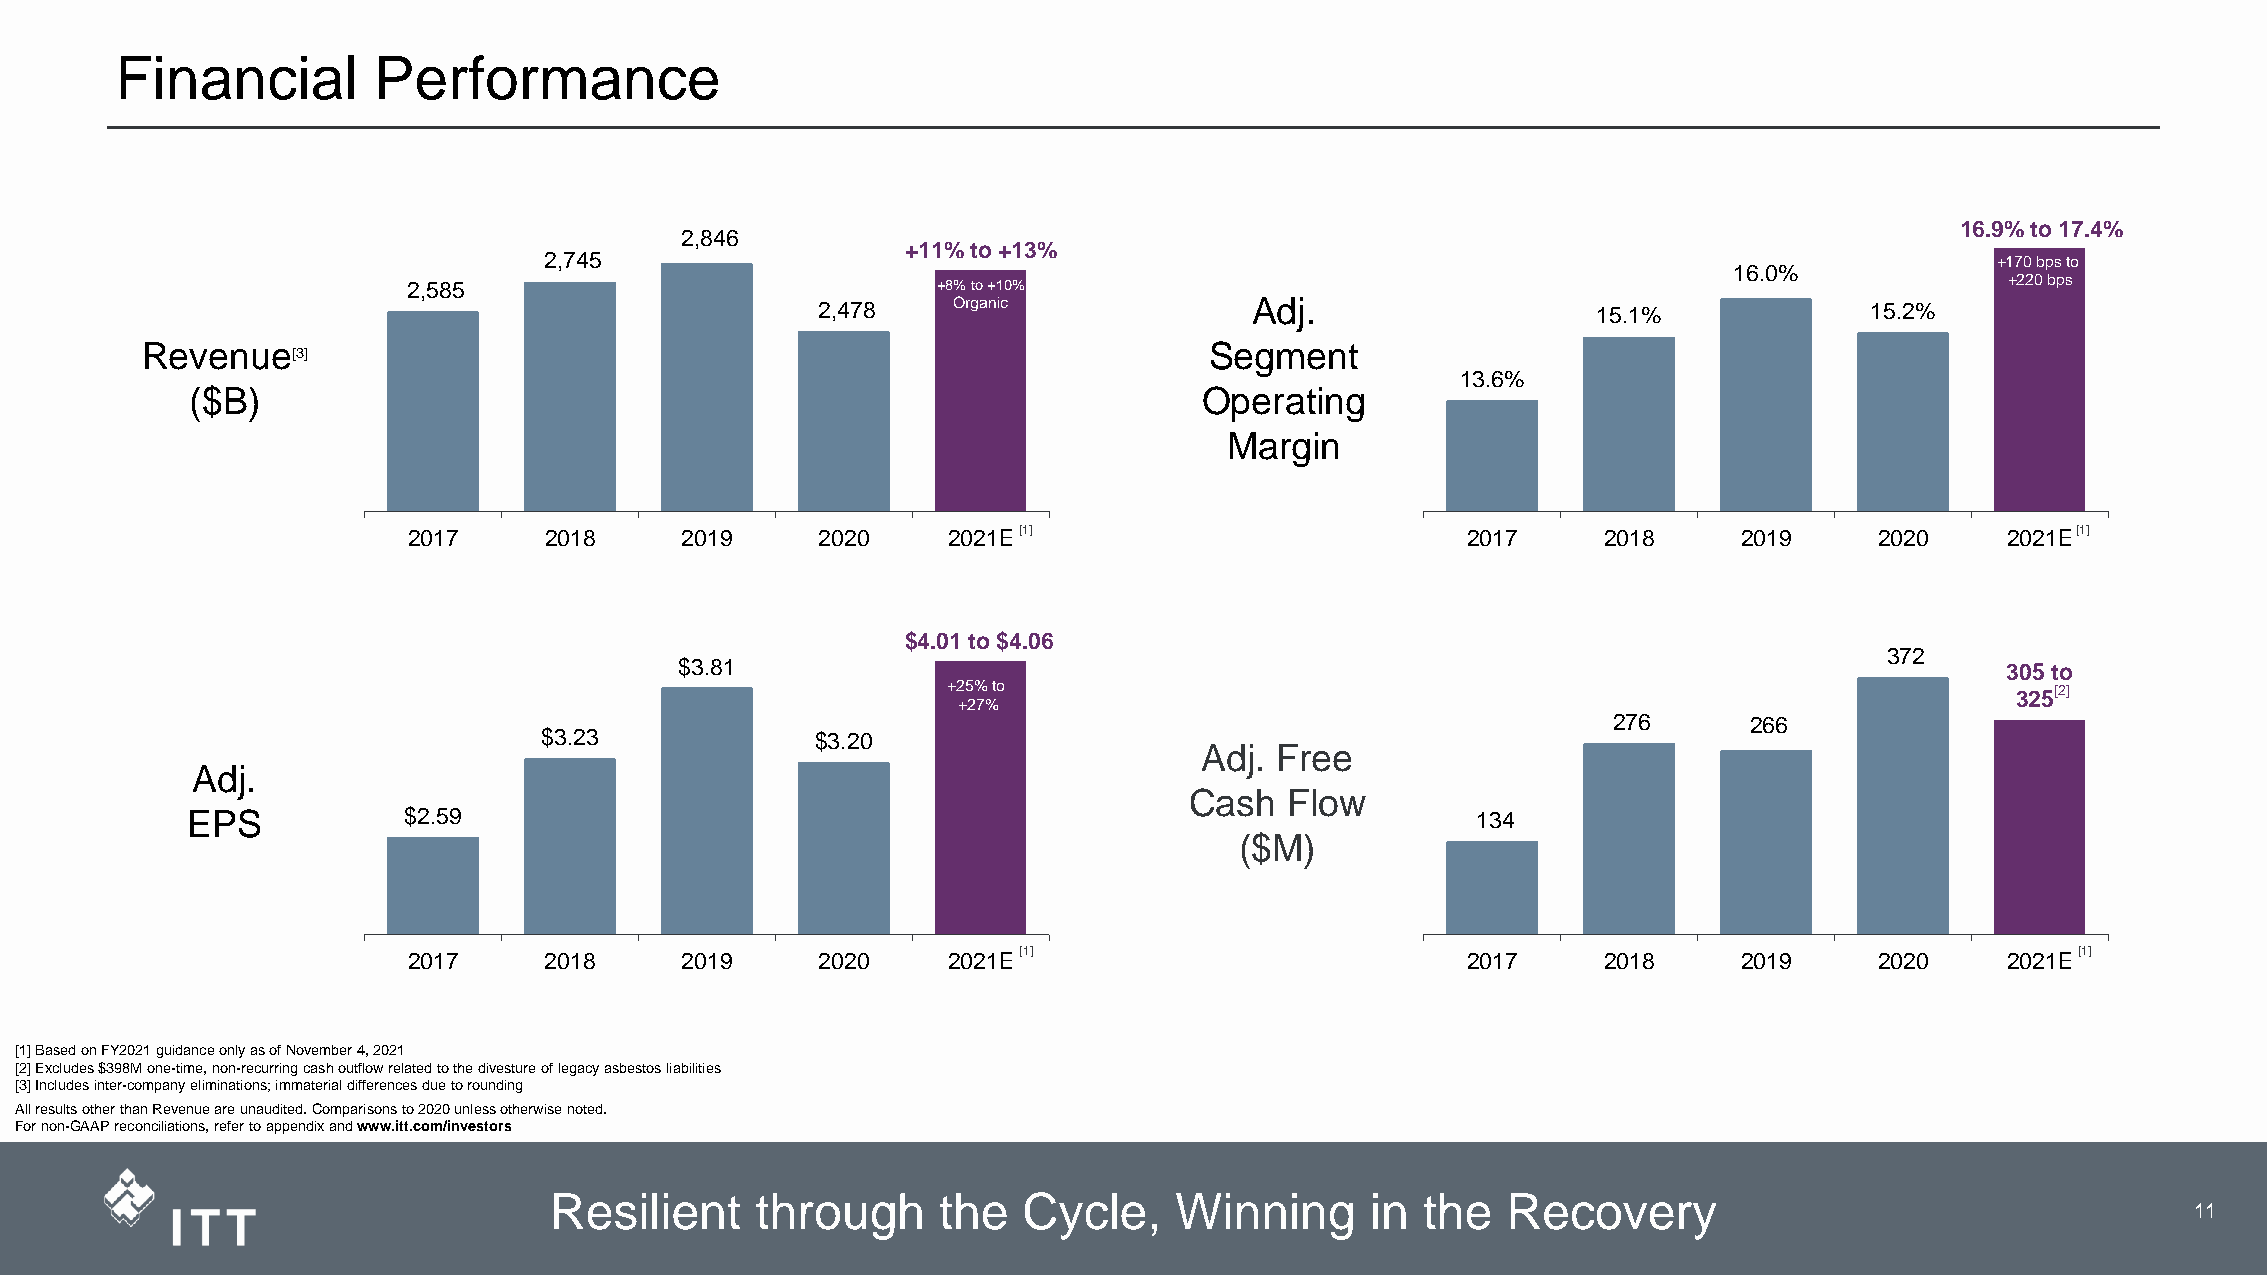
Financial        Performance
 16.9% to 17.4%
 2,846
 +11% to +13%
 2,745                                                                                           +170 bps to
 16.0%
 2,585                              +8% to +10%                                                            +220 bps
 2,478    Organic             Adj.                   15.1%             15.2%
 Revenue                                                                Segment
 [3]
 13.6%
 ($B)                                                               Operating
 Margin
 2017     2018     2019     2020     2021E[1]                          2017     2018     2019     2020     2021E[1]
 $4.01 to $4.06
 372
 $3.81                                                                                   305 to
 +25% to                                                               325[2]
 +27%
 276      266
 $3.23             $3.20
 Adj. Free
 Adj.
 Cash  Flow
 EPS            $2.59                                                                  134
 ($M)
 2017     2018     2019     2020     2021E[1]                          2017     2018     2019     2020     2021E[1]
 [1] Based on FY2021 guidance only as of November 4, 2021
 [2] Excludes $398M one-time, non-recurring cash outflow related to the divesture of legacy asbestos liabilities
 [3] Includes inter-company eliminations; immaterial differences due to rounding
 All results other than Revenue are unaudited. Comparisons to 2020 unless otherwise noted.
 For non-GAAP reconciliations, refer to appendix and www.itt.com/investors
 Resilient     through     the   Cycle,    Winning      in the   Recovery
 3                    11